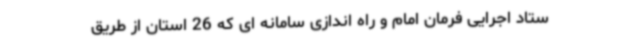
ستاد اجرایی فرمان امام و راه اندازی سامانه ای که 26 استان از طریق